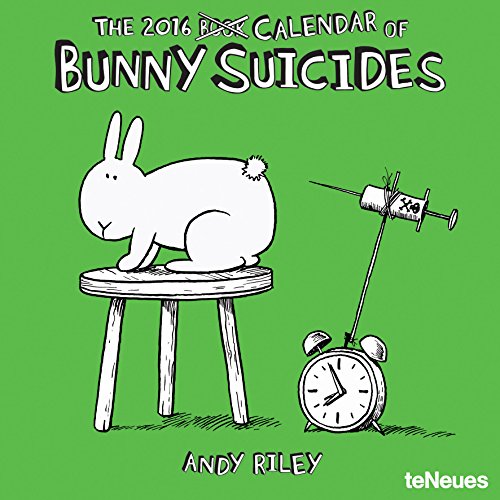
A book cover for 2016 Bunny Suicides Wall Calendar; Calendars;